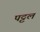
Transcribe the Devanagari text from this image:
पट्टल